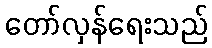
တော်လှန်ရေးသည်